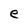
Character: e